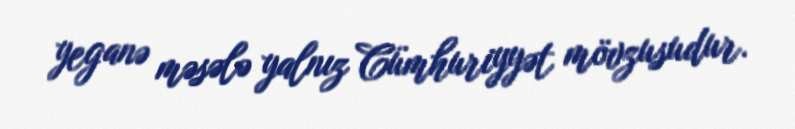
yeganə məsələ yalnız Cümhuriyyət mövzusudur.